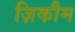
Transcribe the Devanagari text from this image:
ज़िकौम